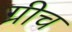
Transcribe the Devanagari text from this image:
ग्रीच